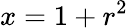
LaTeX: x=1+r^{2}